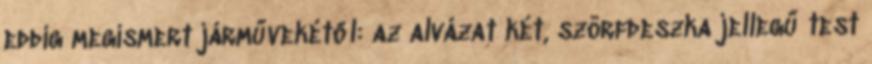
eddig megismert járművekétől: az alvázat két, szörfdeszka jellegű test